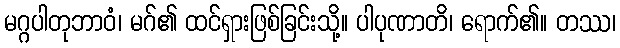
မဂ္ဂပါတုဘာဝံ၊ မဂ်၏ ထင်ရှားဖြစ်ခြင်းသို့။ ပါပုဏာတိ၊ ရောက်၏။ တဿ၊